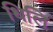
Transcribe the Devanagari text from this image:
धिलि